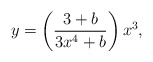
\begin{align*}y =\left(\frac{3+b}{3x^4+b}\right)x^3, \end{align*}